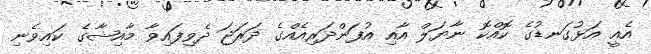
އެއީ އަޅުގަނޑުގެ ކޮއްކޮ ނާޔަލް އާއި އުފަންދަރިއެއްގެ ދަރަޖަ ދެވިފައިވާ މާއިޝާގެ ކައިވެނި